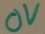
Text: 0V